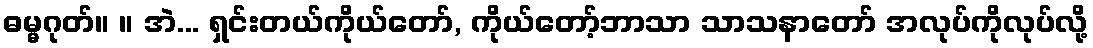
ဓမ္မဂုတ်။ ။ အဲ... ရှင်းတယ်ကိုယ်တော်, ကိုယ်တော့်ဘာသာ သာသနာတော် အလုပ်ကိုလုပ်လို့